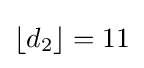
\left\lfloor d_{2}\right\rfloor =11